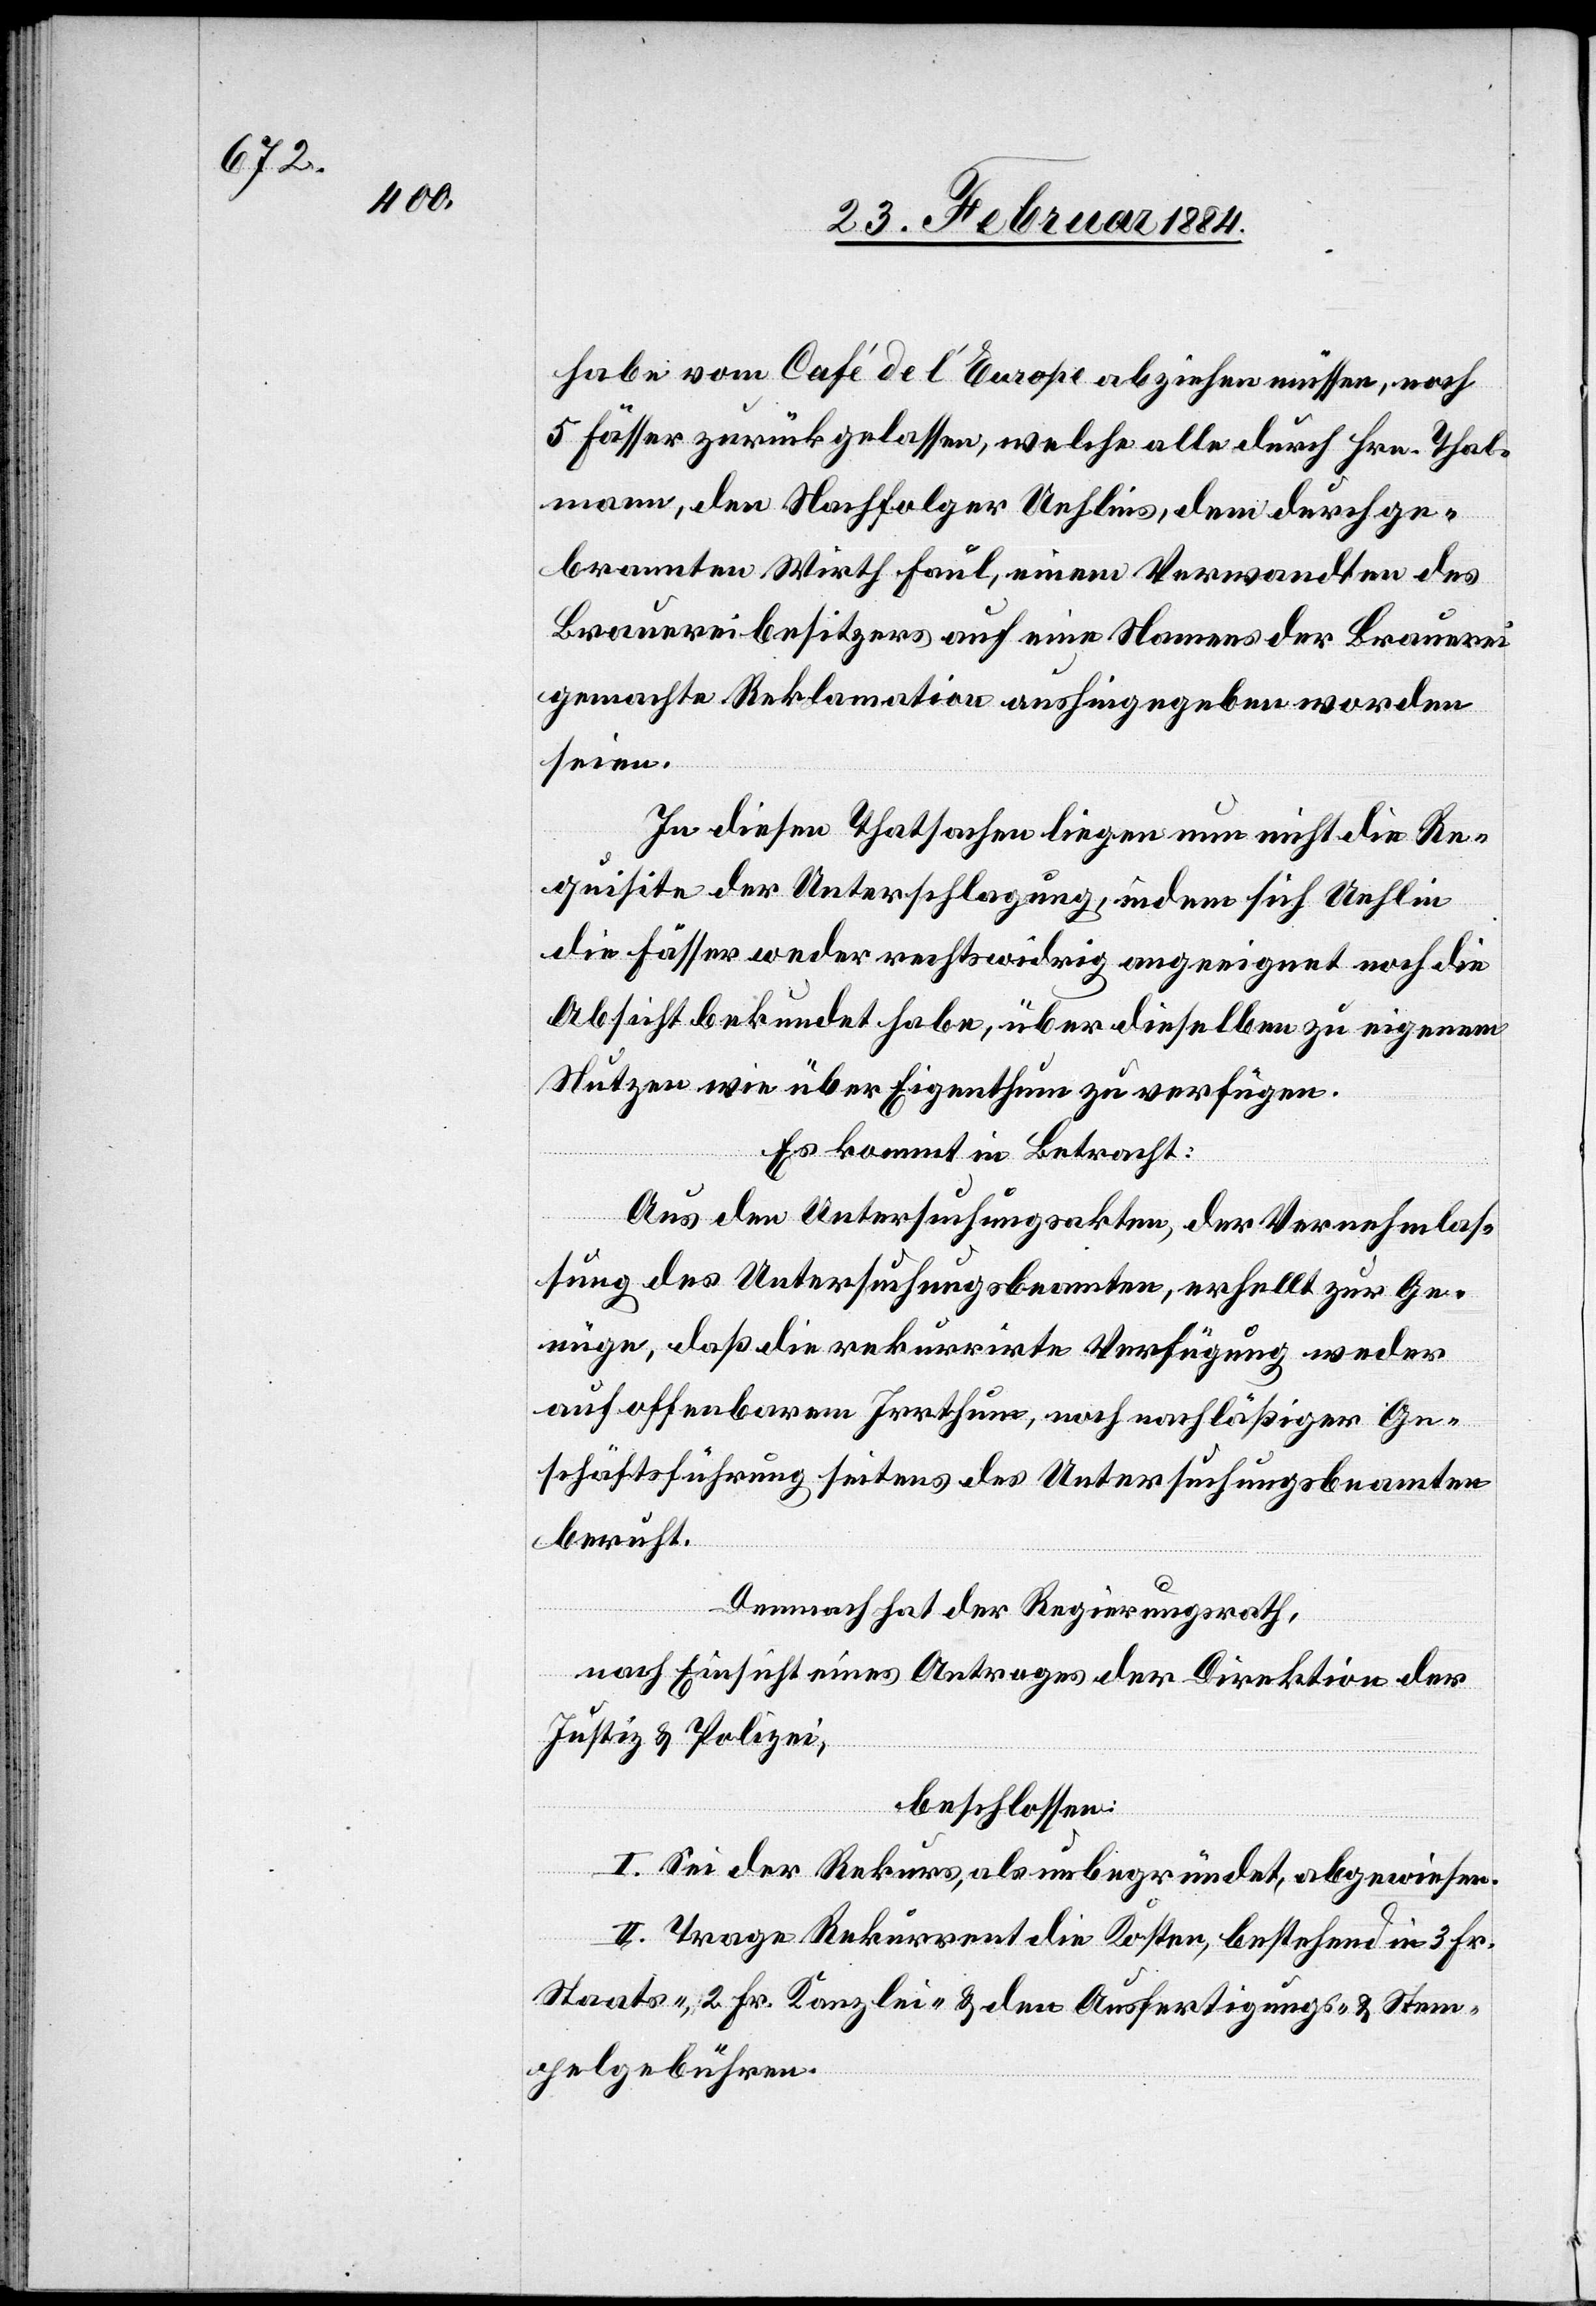
habe vom Café de l’Europe abziehen müssen, noch
5 Fässer zurückgelassen, welche alle durch Hrn. Thal¬
mann, den Nachfolger Uehlins, dem durchge¬
brannten Wirth Faul, einem Verwandten des
Brauereibesitzers auf eine Namens der Brauerei
gemachte Reklamation aushingegeben worden
seien.
In diesen Thatsachen liege nun nicht die Re¬
quisite der Unterschlagung, indem sich Uehlin
die Fässer weder rechtswidrig angeeignet noch die
Absicht bekundet habe, über dieselben zu eigenem
Nutzen wie über Eigenthum zu verfügen.
Es kommt in Betracht:
Aus den Untersuchungsakten, der Vernehmlas¬
sung des Untersuchungsbeamten, erhellt sich zur Ge¬
nüge, daß die rekurrirte Verfügung weder
auf offenbarem Irrthum, noch nachläßiger Ge¬
schäftsführung seitens des Untersuchungsbeamten
beruht.
Demnach hat der Regierungsrath.
nach Einsicht eines Antrages der Direktion der
Justiz & Polizei,
beschlossen:
I. Sei der Rekurs, als unbegründet abgewiesen.
II. Trage Rekurrent die Kosten, bestehend in 3 Fr.
Staats-, 2 Fr. Kanzlei- & den Ausfertigungs- & Stem¬
pelgebühren.